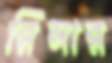
রিসার